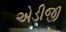
એડીજી